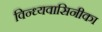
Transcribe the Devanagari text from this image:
विन्ध्यवासिनीका